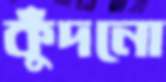
কুঁদনো